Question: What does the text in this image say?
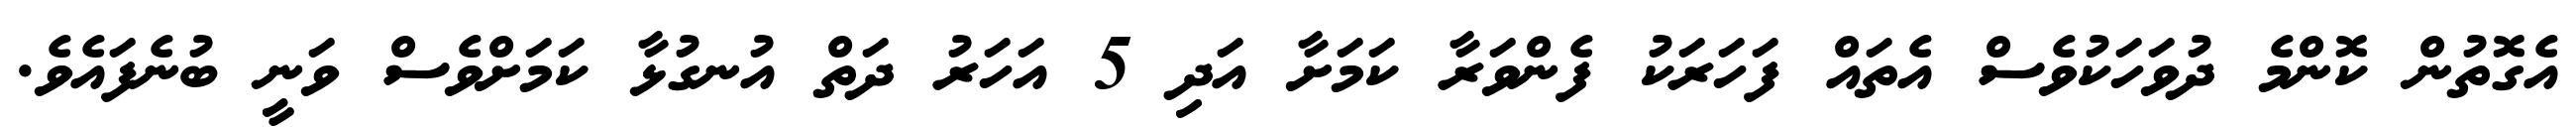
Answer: އެގޮތުން ކޮންމެ ދުވަހަކުވެސް އެތައް ފަހަރަކު ފެންވަރާ ކަމަށާ އަދި 5 އަހަރު ދަތް އުނގުޅާ ކަމަށްވެސް ވަނީ ބުނެފައެވެ.